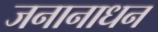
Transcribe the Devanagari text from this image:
जनानाधन